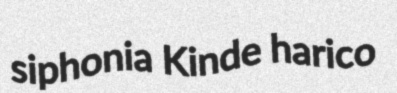
siphonia Kinde harico